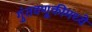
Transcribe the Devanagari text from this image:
गुंतवणूकीमध्ये